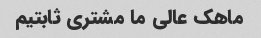
ماهک عالی ما مشتری ثابتیم